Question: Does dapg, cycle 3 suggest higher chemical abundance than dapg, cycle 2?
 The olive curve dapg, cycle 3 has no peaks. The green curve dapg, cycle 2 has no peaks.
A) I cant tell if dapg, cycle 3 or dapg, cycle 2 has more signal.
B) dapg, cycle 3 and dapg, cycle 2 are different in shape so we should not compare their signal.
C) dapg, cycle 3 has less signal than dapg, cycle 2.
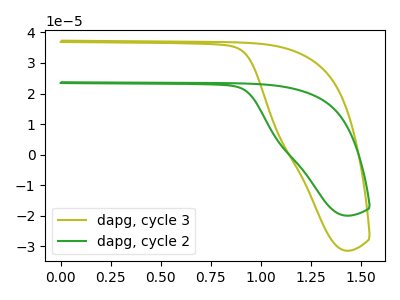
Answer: <think>Neither "dapg, cycle 3" or "dapg, cycle 2" have any peaks.
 </think>
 <answer>A) I cant tell if "dapg, cycle 3" or "dapg, cycle 2" has more signal.</answer>
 <eval>A</eval>